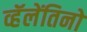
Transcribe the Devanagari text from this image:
व्हॅलेंतिनो